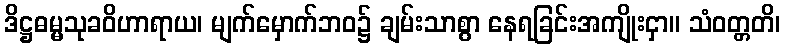
ဒိဋ္ဌဓမ္မသုခဝိဟာရာယ၊ မျက်မှောက်ဘဝ၌ ချမ်းသာစွာ နေရခြင်းအကျိုးငှာ။ သံဝတ္တတိ၊